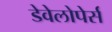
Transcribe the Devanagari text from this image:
डेवेलोपेर्स